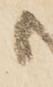
候